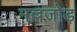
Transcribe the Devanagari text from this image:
मल्लजोड़